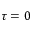
\tau = 0